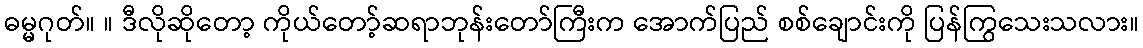
ဓမ္မဂုတ်။ ။ ဒီလိုဆိုတော့ ကိုယ်တော့်ဆရာဘုန်းတော်ကြီးက အောက်ပြည် စစ်ချောင်းကို ပြန်ကြွသေးသလား။